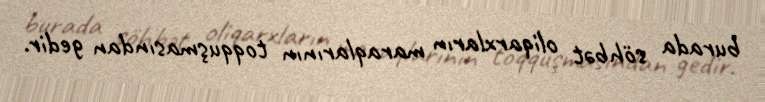
burada söhbət oliqarxların maraqlarının toqquşmasından gedir.